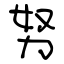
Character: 努